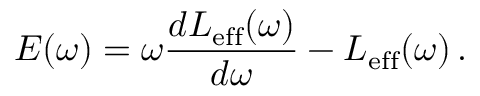
E ( \omega ) = \omega \frac { d L _ { \mathrm { e f f } } ( \omega ) } { d \omega } - L _ { \mathrm { e f f } } ( \omega ) \, .